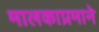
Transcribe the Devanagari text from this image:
मालकाप्रमाने